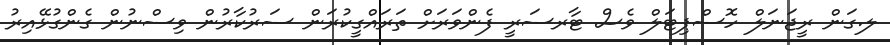
ލ.ގަން ރީޖަނަލް ހޮސްޕިޓަލް ވެސް ޓާރސަރީ ފެންވަރަށް ތަރައްގީކުރަން ސަރުކާރުން ވިސްނުން ގެންގުޅޭއިރު